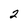
Character: 2